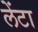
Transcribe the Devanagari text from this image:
लेंटा